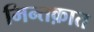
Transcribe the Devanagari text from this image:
मिन्तक़ात